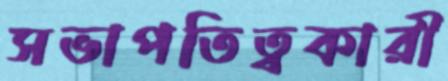
সভাপতিত্বকারী